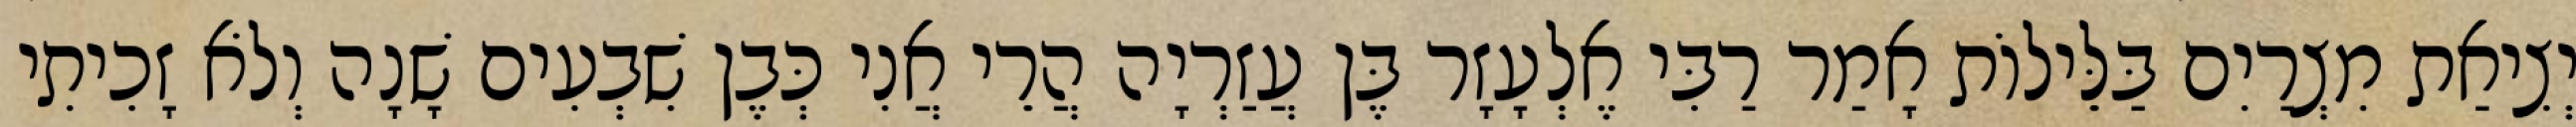
יְצִיאַת מִצְרַיִם בַּלֵּילוֹת אָמַר רַבִּי אֶלְעָזָר בֶּן עֲזַרְיָה הֲרֵי אֲנִי כְּבֶן שִׁבְעִים שָׁנָה וְלֹא זָכִיתִי